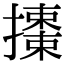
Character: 𢷜